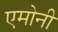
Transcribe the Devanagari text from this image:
एमोनी